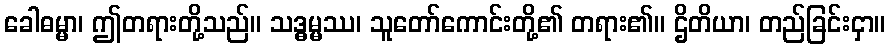
ခေါဓမ္မာ၊ ဤတရားတို့သည်။ သဒ္ဓမ္မဿ၊ သူတော်ကောင်းတို့၏ တရား၏။ ဌိတိယာ၊ တည်ခြင်းငှာ။